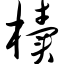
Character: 椟